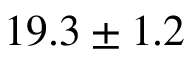
{ 1 9 . 3 \pm 1 . 2 }